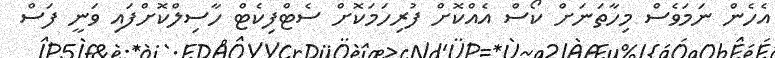
އެހެން ނަމަވެސް މިހާތަނަށް ކޯސް އެއްކޮށް ފުރިހަމަކޮށް ސެޓްފިކެޓް ހާސިލްކޮށްފައި ވަނީ ފަސް